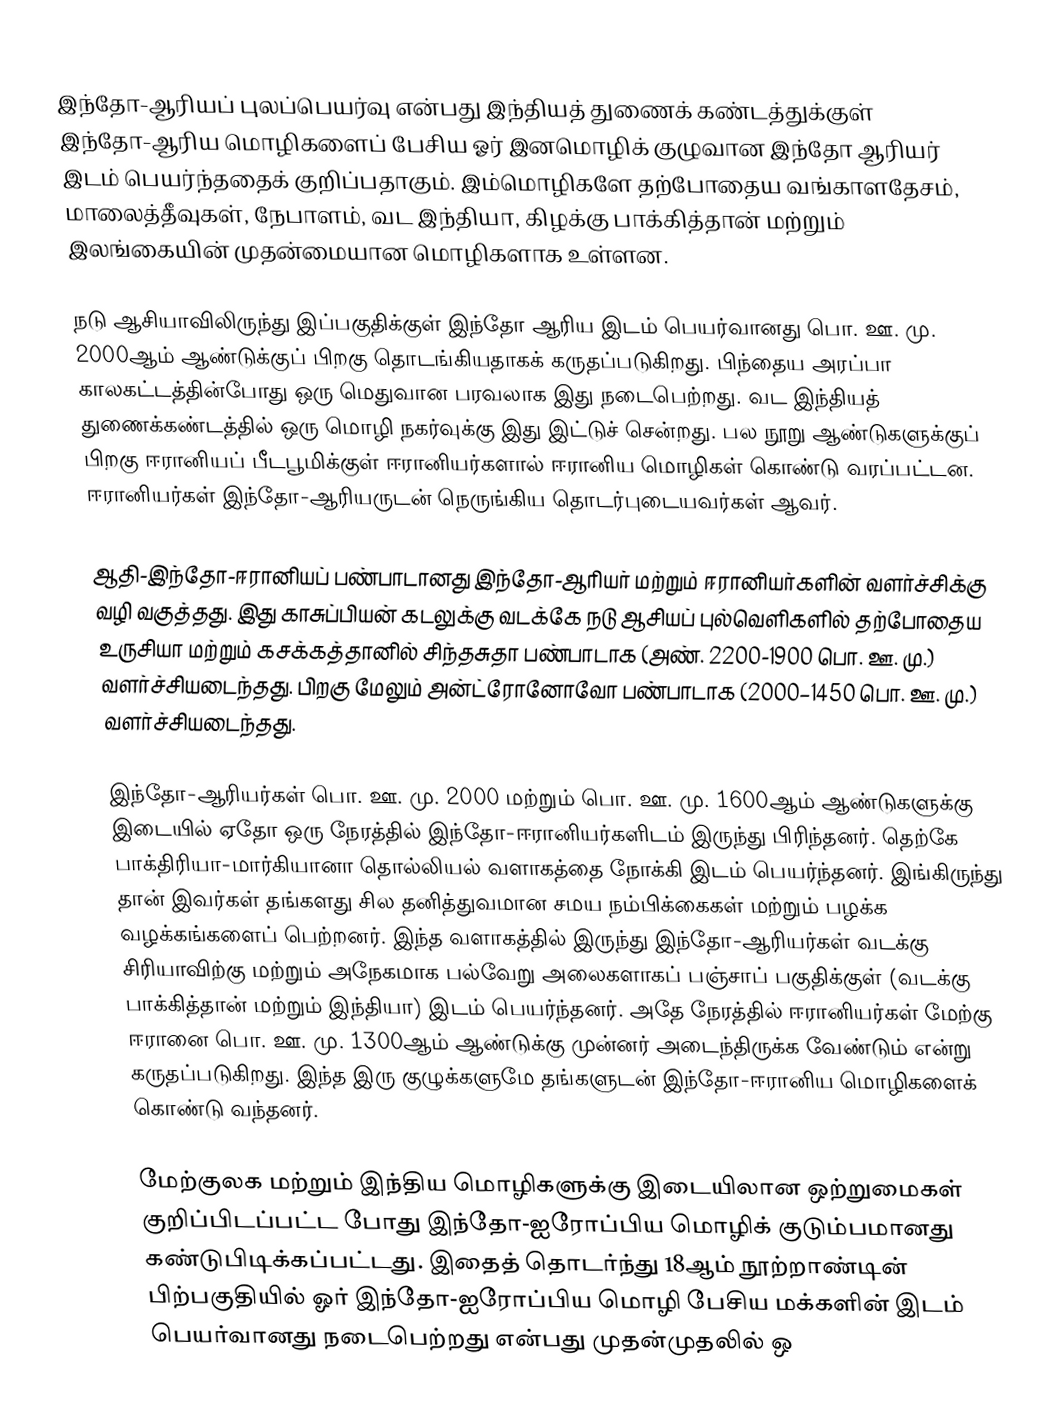
இந்தோ-ஆரியப் புலப்பெயர்வு என்பது இந்தியத் துணைக் கண்டத்துக்குள் இந்தோ-ஆரிய மொழிகளைப் பேசிய ஓர் இனமொழிக் குழுவான இந்தோ ஆரியர் இடம் பெயர்ந்ததைக் குறிப்பதாகும். இம்மொழிகளே தற்போதைய வங்காளதேசம், மாலைத்தீவுகள், நேபாளம், வட இந்தியா, கிழக்கு பாக்கித்தான் மற்றும் இலங்கையின் முதன்மையான மொழிகளாக உள்ளன.

நடு ஆசியாவிலிருந்து இப்பகுதிக்குள் இந்தோ ஆரிய இடம் பெயர்வானது பொ. ஊ. மு. 2000ஆம் ஆண்டுக்குப் பிறகு தொடங்கியதாகக் கருதப்படுகிறது. பிந்தைய அரப்பா காலகட்டத்தின்போது ஒரு மெதுவான பரவலாக இது நடைபெற்றது. வட இந்தியத் துணைக்கண்டத்தில் ஒரு மொழி நகர்வுக்கு இது இட்டுச் சென்றது. பல நூறு ஆண்டுகளுக்குப் பிறகு ஈரானியப் பீடபூமிக்குள் ஈரானியர்களால் ஈரானிய மொழிகள் கொண்டு வரப்பட்டன. ஈரானியர்கள் இந்தோ-ஆரியருடன் நெருங்கிய தொடர்புடையவர்கள் ஆவர்.

ஆதி-இந்தோ-ஈரானியப் பண்பாடானது இந்தோ-ஆரியர் மற்றும் ஈரானியர்களின் வளர்ச்சிக்கு வழி வகுத்தது. இது காசுப்பியன் கடலுக்கு வடக்கே நடு ஆசியப் புல்வெளிகளில் தற்போதைய உருசியா மற்றும் கசக்கத்தானில் சிந்தசுதா பண்பாடாக (அண். 2200-1900 பொ. ஊ. மு.) வளர்ச்சியடைந்தது. பிறகு மேலும் அன்ட்ரோனோவோ பண்பாடாக (2000–1450 பொ. ஊ. மு.) வளர்ச்சியடைந்தது.

இந்தோ-ஆரியர்கள் பொ. ஊ. மு. 2000 மற்றும் பொ. ஊ. மு. 1600ஆம் ஆண்டுகளுக்கு இடையில் ஏதோ ஒரு நேரத்தில் இந்தோ-ஈரானியர்களிடம் இருந்து பிரிந்தனர். தெற்கே பாக்திரியா-மார்கியானா தொல்லியல் வளாகத்தை நோக்கி இடம் பெயர்ந்தனர். இங்கிருந்து தான் இவர்கள் தங்களது சில தனித்துவமான சமய நம்பிக்கைகள் மற்றும் பழக்க வழக்கங்களைப் பெற்றனர். இந்த வளாகத்தில் இருந்து இந்தோ-ஆரியர்கள் வடக்கு சிரியாவிற்கு மற்றும் அநேகமாக பல்வேறு அலைகளாகப் பஞ்சாப் பகுதிக்குள் (வடக்கு பாக்கித்தான் மற்றும் இந்தியா) இடம் பெயர்ந்தனர். அதே நேரத்தில் ஈரானியர்கள் மேற்கு ஈரானை பொ. ஊ. மு. 1300ஆம் ஆண்டுக்கு முன்னர் அடைந்திருக்க வேண்டும் என்று கருதப்படுகிறது. இந்த இரு குழுக்களுமே தங்களுடன் இந்தோ-ஈரானிய மொழிகளைக் கொண்டு வந்தனர்.

மேற்குலக மற்றும் இந்திய மொழிகளுக்கு இடையிலான ஒற்றுமைகள் குறிப்பிடப்பட்ட போது இந்தோ-ஐரோப்பிய மொழிக் குடும்பமானது கண்டுபிடிக்கப்பட்டது. இதைத் தொடர்ந்து 18ஆம் நூற்றாண்டின் பிற்பகுதியில் ஓர் இந்தோ-ஐரோப்பிய மொழி பேசிய மக்களின் இடம் பெயர்வானது நடைபெற்றது என்பது முதன்முதலில் ஒ